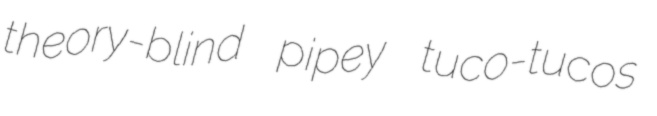
theory-blind pipey tuco-tucos